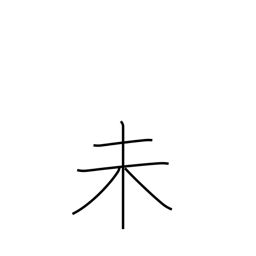
Meaning: sign of the ram